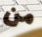
من